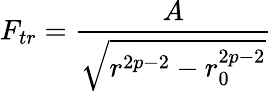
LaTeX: F_{tr}=\frac{A}{\sqrt{r^{2p-2}-r_{0}^{2p-2}}}